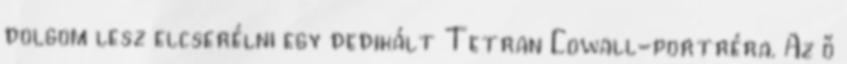
dolgom lesz elcserélni egy dedikált Tetran Cowall-portréra. Az ő